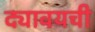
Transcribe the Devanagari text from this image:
द्यावयची